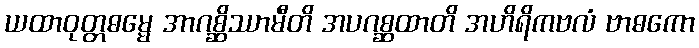
ယထာဝုတ္တဓမ္မေ အာဂစ္ဆိဿာမီတိ အပဂစ္ဆထာတိ အဟိရိကဗလံ ဗာဓကော